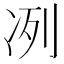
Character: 冽